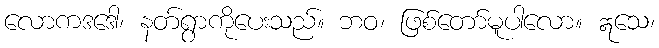
လောကဒဒေါ၊ နတ်ရွာကိုပေးသည်။ ဘဝ၊ ဖြစ်တော်မူပါလော။ ဣသေ၊